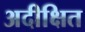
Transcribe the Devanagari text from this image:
अदीक्षित